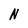
Character: N